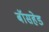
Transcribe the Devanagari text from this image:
बॉसहेड